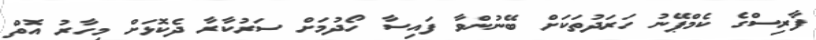
ފާރިސްގެ ކެމްޕޭނު ހަރަދުތަކަށް ބޭނުންވާ ފައިސާ ހޯދުމަށް ސަރުކާރާ ދެކޮޅަށް މިހާރު އޮތް